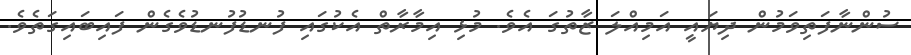
ސުންނާފަތިވަމުން ދިޔައީ އަމިއްލަ ޒާތުގަ އެވެ. މުޅި އިމާރާތް އެކުގައި ފުނޑުފުނޑުވެގެން ފައިބައިގަތެވެ.